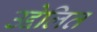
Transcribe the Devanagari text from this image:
उद्देलित